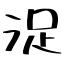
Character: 浞